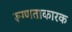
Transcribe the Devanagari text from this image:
रूग्णताकारक